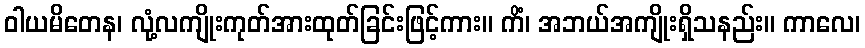
ဝါယမိတေန၊ လုံ့လကျိုးကုတ်အားထုတ်ခြင်းဖြင့်ကား။ ကိံ၊ အဘယ်အကျိုးရှိသနည်း။ ကာလေ၊